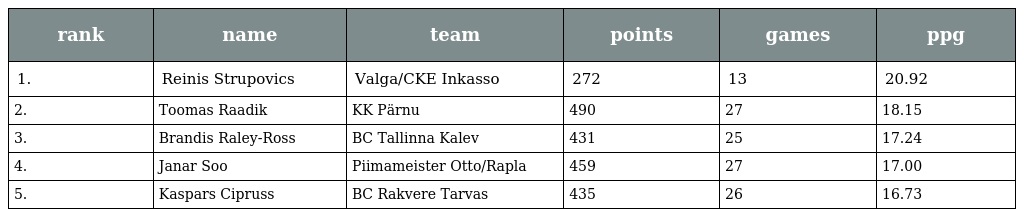
| rank | name | team | points | games | ppg |
 | --- | --- | --- | --- | --- | --- |
 | 1. | Reinis Strupovics | Valga/CKE Inkasso | 272 | 13 | 20.92 |
 | 2. | Toomas Raadik | KK Pärnu | 490 | 27 | 18.15 |
 | 3. | Brandis Raley-Ross | BC Tallinna Kalev | 431 | 25 | 17.24 |
 | 4. | Janar Soo | Piimameister Otto/Rapla | 459 | 27 | 17.00 |
 | 5. | Kaspars Cipruss | BC Rakvere Tarvas | 435 | 26 | 16.73 |